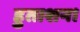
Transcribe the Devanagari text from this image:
हुताशन।